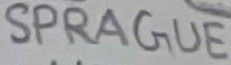
Text: SPRAGUE